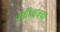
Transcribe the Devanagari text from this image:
नीतिवाक्या